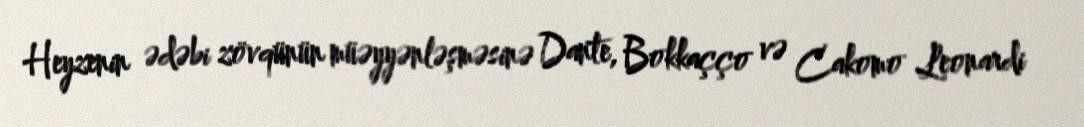
Heyzenin ədəbi zövqünün müəyyənləşməsinə Dante, Bokkaçço və Cakomo Leonardi